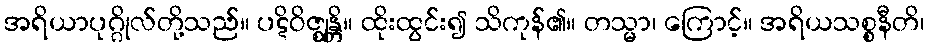
အရိယာပုဂ္ဂိုလ်တို့သည်။ ပဋိဝိဇ္ဈန္တိ။ ထိုးထွင်း၍ သိကုန်၏။ တသ္မာ၊ ကြောင့်။ အရိယသစ္စနီတိ၊